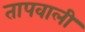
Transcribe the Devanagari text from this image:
तापवाली